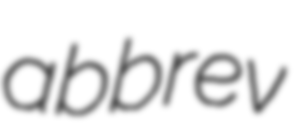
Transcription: abbrev